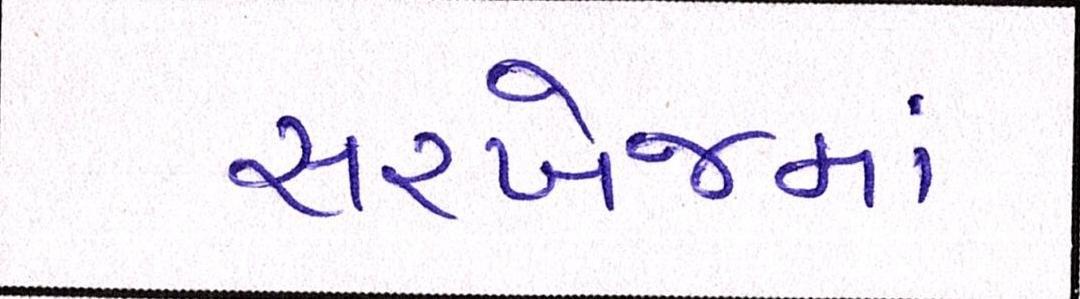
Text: સરખેજમાં